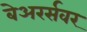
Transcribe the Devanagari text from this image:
बेअरर्सवर